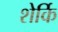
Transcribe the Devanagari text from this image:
शेर्कि